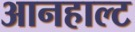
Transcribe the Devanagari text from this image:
आनहाल्ट